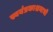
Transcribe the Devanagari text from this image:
स्वयंप्रकाशनाची